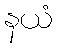
နယံ